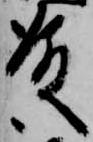
殿